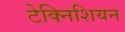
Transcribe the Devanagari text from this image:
टेक्निशियन